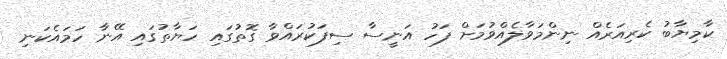
ކާމިޔާބު ކެރިއަރެއް ނިންމަވާލެއްވުމަށް ފަހު އަނީސާ ސިފަކުރައްވާ ގޮތުގައި ހަޔާތުގައި އޭނާ ހަމައެކަނި